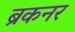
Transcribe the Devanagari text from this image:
ब्रकनर